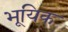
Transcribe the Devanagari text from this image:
भूयिक